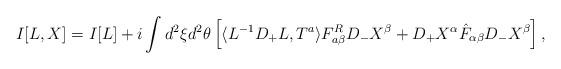
LaTeX: \begin{align*}I[L,X]=I[L]+i\int d^{2}\xi d^{2}\theta\left[\langle L^{-1}D_{+}L,T^{a}\rangle F^{R}_{a\beta}D_{-}X^{\beta}+D_{+}X^{\alpha}\hat{F}_{\alpha\beta}D_{-}X^{\beta}\right],\end{align*}